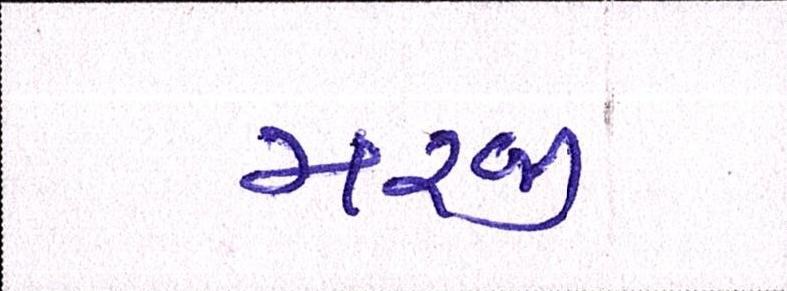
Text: મરજી